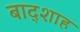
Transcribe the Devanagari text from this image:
बाद्शाह